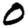
Digit: 0